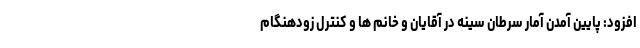
افزود: پایین آمدن آمار سرطان سینه در آقایان و خانم ها و کنترل زودهنگام